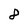
Character: 2